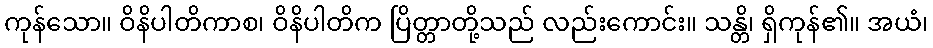
ကုန်သော။ ဝိနိပါတိကာစ၊ ဝိနိပါတိက ပြိတ္တာတို့သည် လည်းကောင်း။ သန္တိ၊ ရှိကုန်၏။ အယံ၊